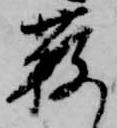
藪